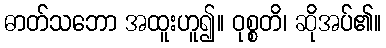
ဓာတ်သဘော အထူးဟူ၍။ ဝုစ္စတိ၊ ဆိုအပ်၏။